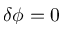
\delta \phi = 0